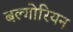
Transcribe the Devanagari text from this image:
बल्गोरियन